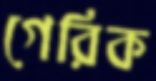
গেরিক